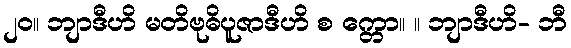
၂၀။ ဘျာဒီဟိ မတိဗုဓိပူဇာဒီဟိ စ က္တော။ ။ ဘျာဒီဟိ- ဘီ